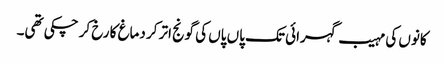
کانوں کی مہیب گہرائی تک پاں پاں کی گونج اتر کر دماغ کا رخ کر چکی تھی۔